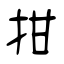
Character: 拑